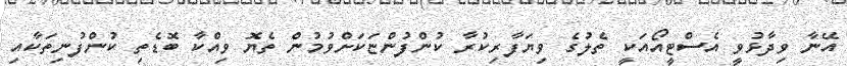
އޭނާ ވިދާޅުވީ އެސްޓީއޯއަކީ ތެލުގެ ވިޔަފާރިކުރާ ކުންފުންޏަކަށްވުމުން ތެޔޮ ވިއްކާ ބޮޑެތި ކުންފުނިތަކާއި